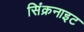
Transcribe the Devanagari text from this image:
सिंक्रनाइट